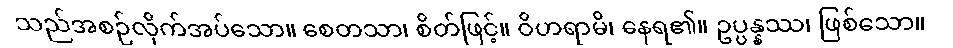
သည်အစဉ်လိုက်အပ်သော။ စေတသာ၊ စိတ်ဖြင့်။ ဝိဟရာမိ၊ နေရ၏။ ဥပ္ပန္နဿ၊ ဖြစ်သော။